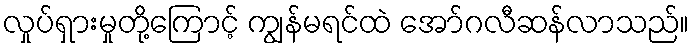
လှုပ်ရှားမှုတို့ကြောင့် ကျွန်မရင်ထဲ အော်ဂလီဆန်လာသည်။